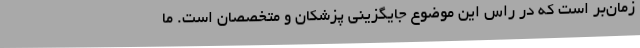
زمان‌بر است که در راس این موضوع جایگزینی پزشکان و متخصصان است. ما